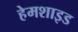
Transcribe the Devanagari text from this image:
हेमशाइड